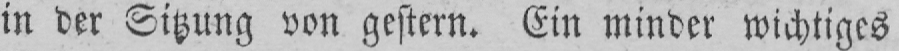
in der Sitzung von gestern. Ein minder wichtiges